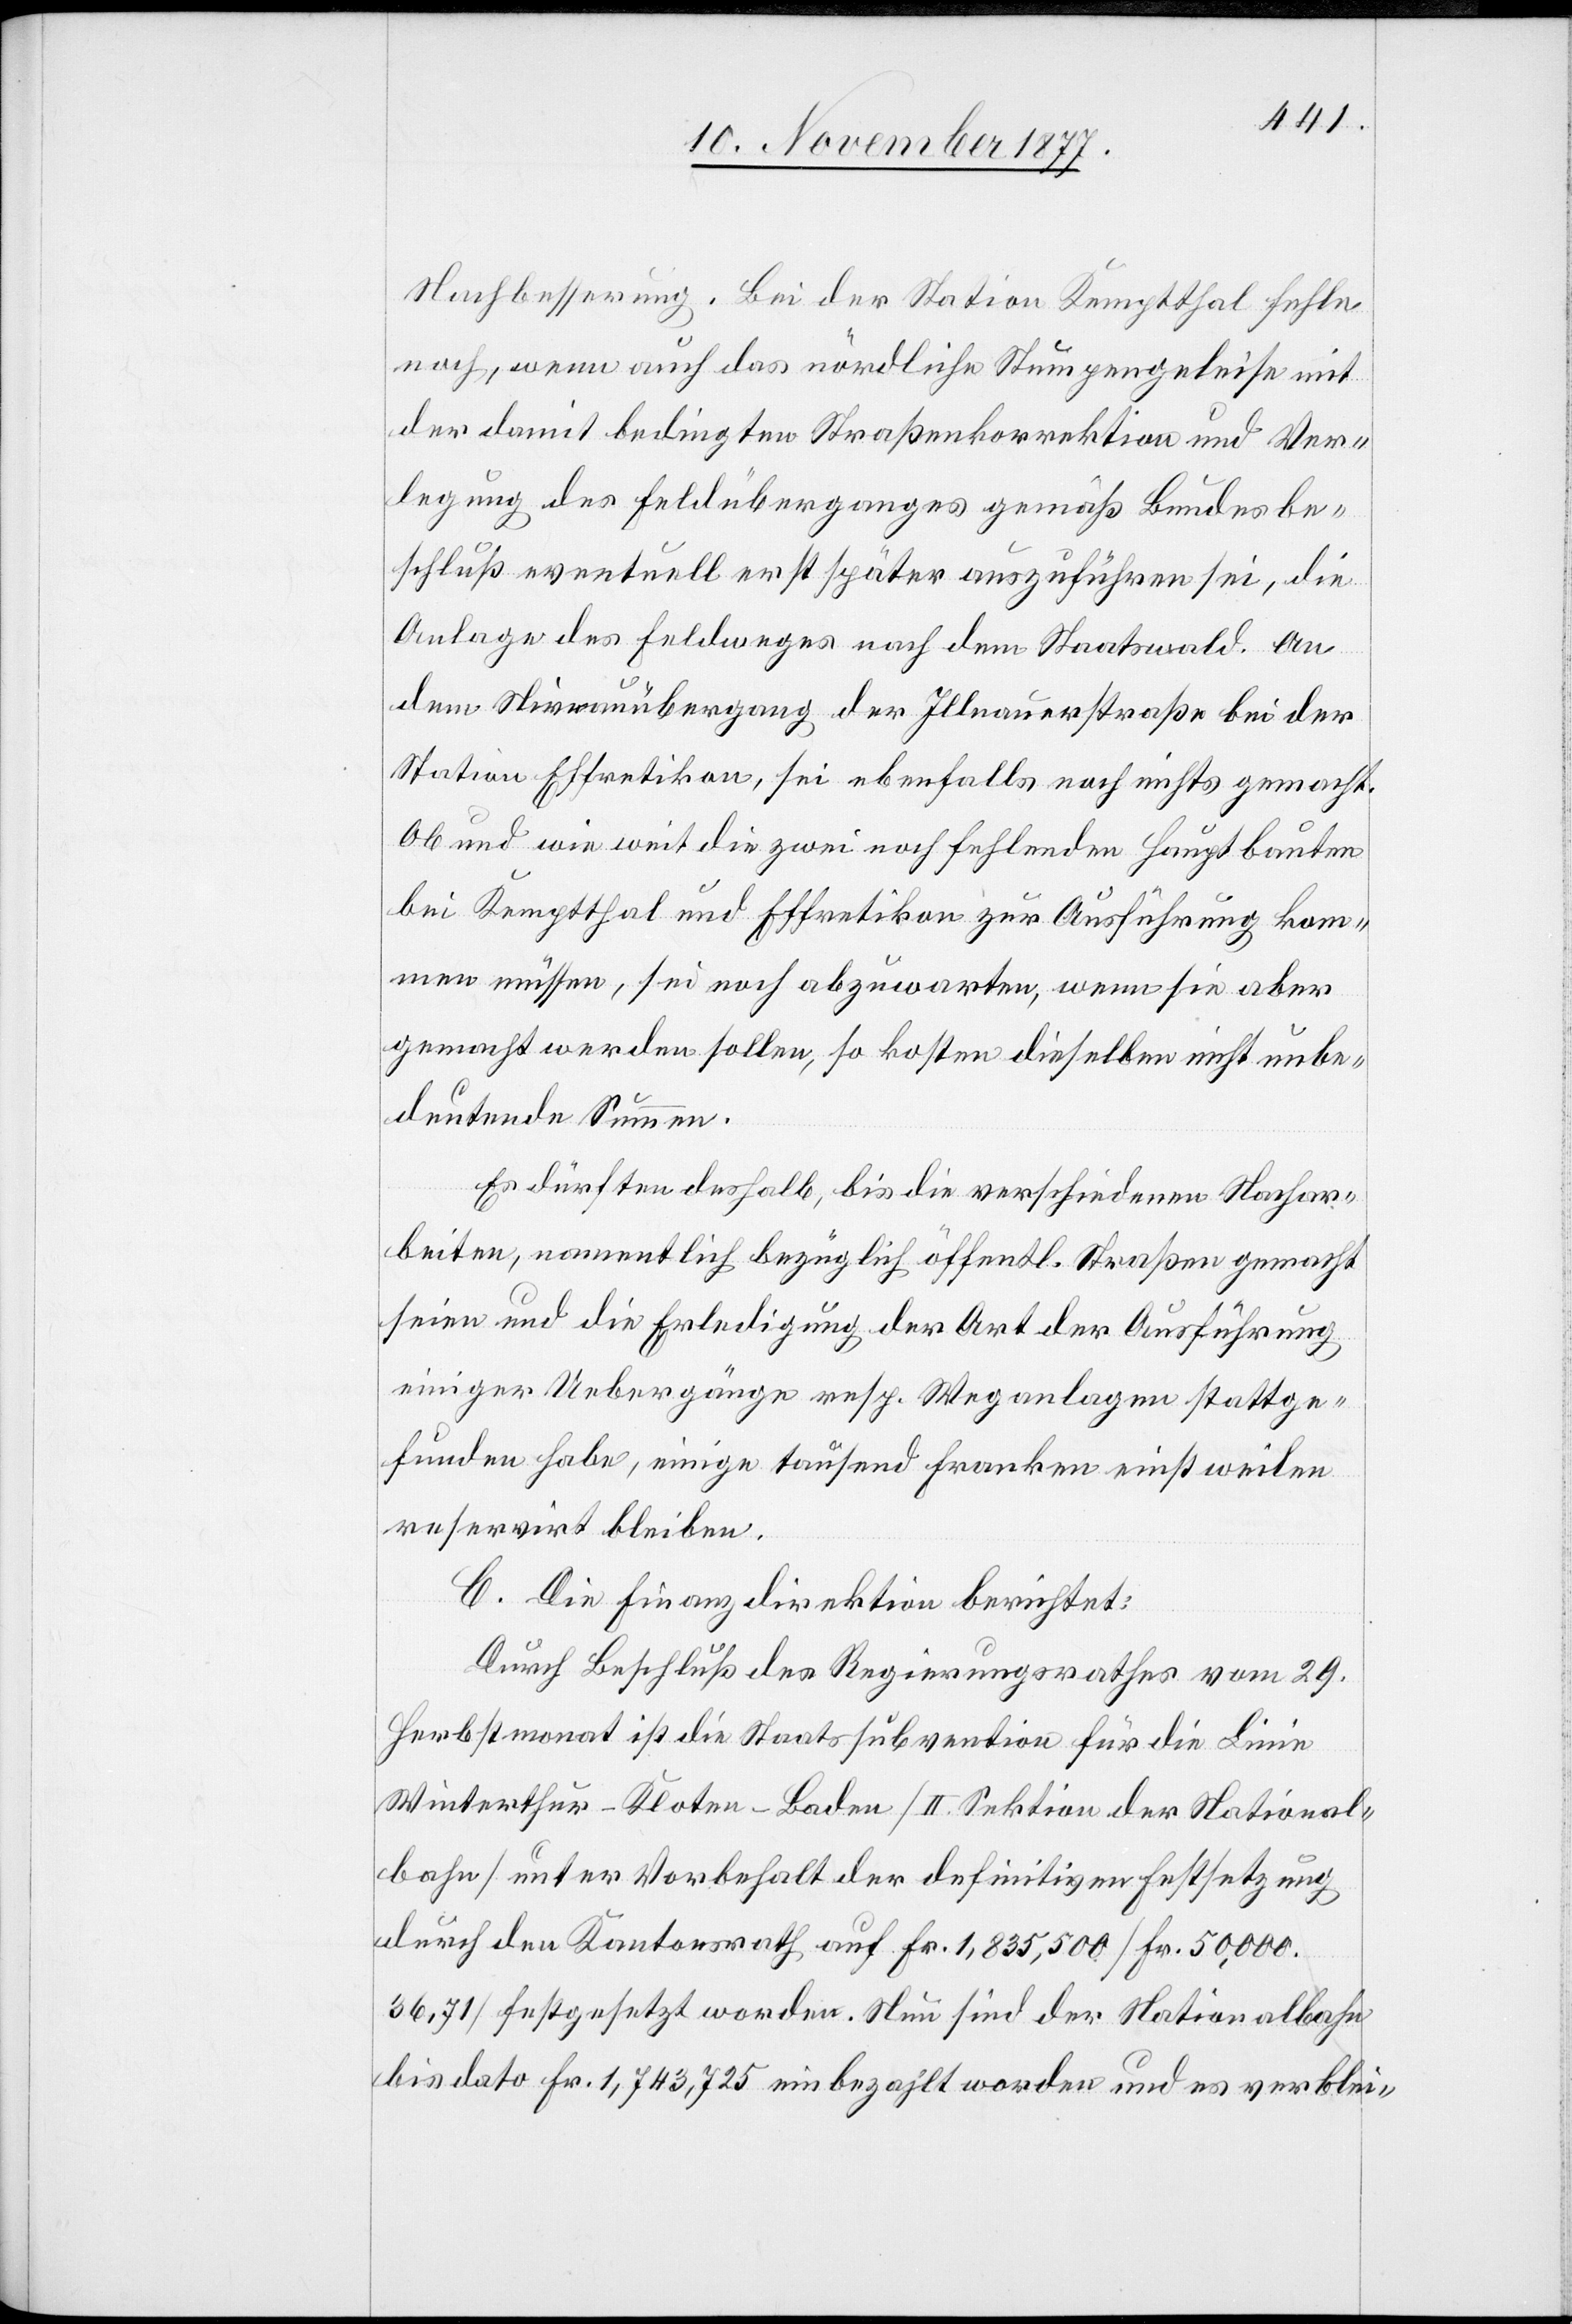
Nachbesserung. Bei der Station Kemptthal fehle
noch, wenn auch das nördliche Stumpengeleise mit
der damit bedingten Straßenkorrektion und Ver¬
legung des Feldüberganges gemäß Bundesbe¬
schluß eventuell erst später auszuführen sei, die
Anlage des Feldweges nach dem Staatswald. An
dem Niveauübergang der Illnauerstraße bei der
Station Effretikon, sei ebenfalls noch nichts gemacht.
Ob und wie weit die zwei noch fehlenden Hauptbauten
bei Kemptthal und Effretikon zur Ausführung kom¬
men müssen, sei noch abzuwarten, wenn sie aber
gemacht werden sollen, so kosten dieselben nicht unbe¬
deutende Summen.
Es dürften deshalb, bis die verschiedenen Nachar¬
beiten, namentlich bezüglich öffentl. Straßen gemacht
seien und die Erledigung der Art der Ausführung
einiger Uebergänge resp. Weganlagen stattge¬
funden habe, einige tausend Franken einstweilen
reservirt bleiben.
C. Die Finanzdirektion berichtet:
Durch Beschluß des Regierungsrathes vom 29.
Herbstmonat ist die Staatssubvention für die Linie
Winterthur–Kloten–Baden [II. Sektion der National¬
bahn] unter Vorbehalt der definitiven Festsetzung
durch den Kantonsrath auf Fr. 1,835,500 [Fr. 50,000.
36,71] festgesetzt worden. Nun sind der Nationalbahn
bis dato Fr. 1,743,725 einbezahlt worden und es verblei-